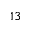
^ { 1 3 }